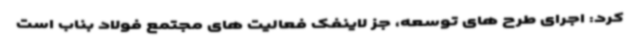
کرد: اجرای طرح های توسعه، جز لاینفک فعالیت های مجتمع فولاد بناب است